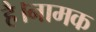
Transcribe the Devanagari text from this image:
है।नामक